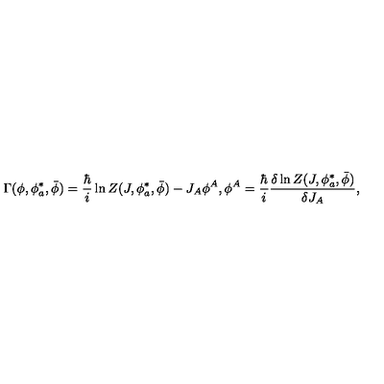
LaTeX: \Gamma ( \phi , \phi _ { a } ^ { * } , \bar { \phi } ) = \frac { \hbar } { i } \ln Z ( J , \phi _ { a } ^ { * } , \bar { \phi } ) - J _ { A } \phi ^ { A } , \phi ^ { A } = \frac { \hbar } { i } \frac { \delta \ln Z ( J , \phi _ { a } ^ { * } , \bar { \phi } ) } { \delta J _ { A } } ,